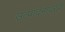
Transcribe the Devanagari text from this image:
उत्पादनावरही